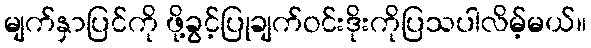
မျက်နှာပြင်ကို ဖို့ခွင့်ပြုချက်ဝင်းဒိုးကိုပြသပါလိမ့်မယ်။